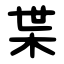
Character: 枼